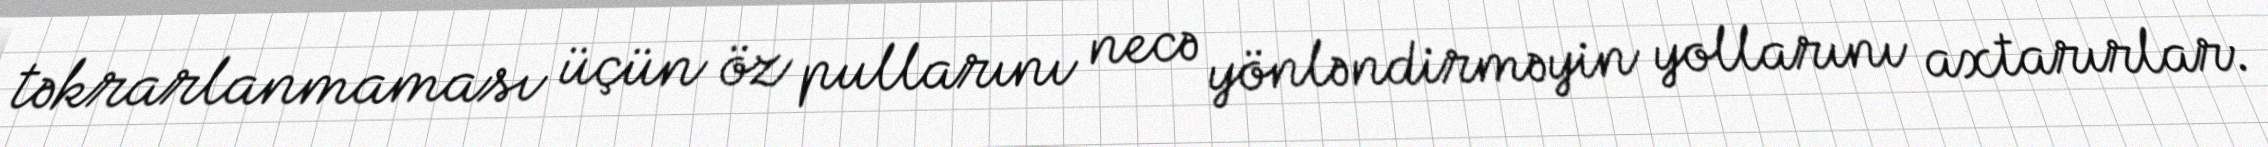
təkrarlanmaması üçün öz pullarını necə yönləndirməyin yollarını axtarırlar.